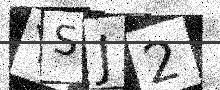
Text: YSJ2